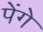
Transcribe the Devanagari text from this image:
पेंगे